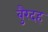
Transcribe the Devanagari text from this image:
बुरैदह